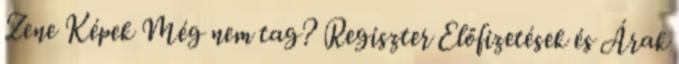
Zene Képek Még nem tag? Regiszter Előfizetések és Árak